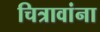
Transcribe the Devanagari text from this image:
चित्रावांना